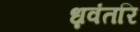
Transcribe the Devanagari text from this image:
ध्नवंतरि